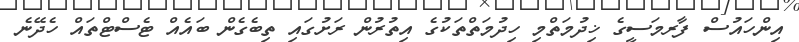
އިންހައުސް ފާރމަސީގެ ޚިދުމަތްމި ހިދުމަތްތަކުގެ އިތުރުން ރަށުގައި ތިބެގެން ބައެއް ޓެސްޓްތައް ހެދޭނެ